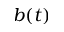
b ( t )